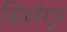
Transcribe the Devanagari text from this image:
सिलंगूर